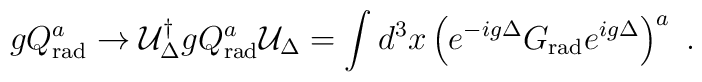
gQ^a_{\rm rad} \to {\cal U}_{\Delta}^{\dagger}gQ_{\rm rad}^a{\cal U}_{\Delta} = \int d^3x \left(e^{-ig\Delta} G_{\rm rad}e^{ig\Delta} \right)^a \ .